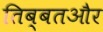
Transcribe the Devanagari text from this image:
तिब्बतऔर